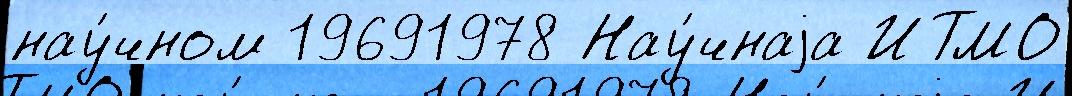
нау́чном 19691978 Нау́чнаjа ИТМО